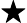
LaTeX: \bigstar